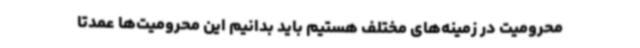
محرومیت‌ در زمینه‌های مختلف هستیم باید بدانیم این محرومیت‌ها عمدتا